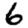
Digit: 6